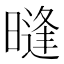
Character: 𰖧